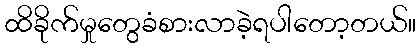
ထိခိုက်မှုတွေခံစားလာခဲ့ရပါတော့တယ်။